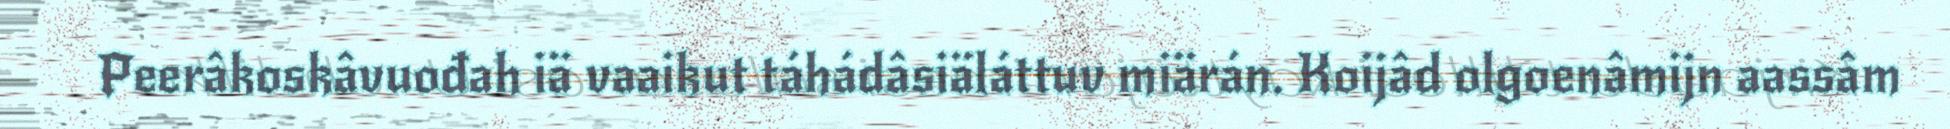
Peerâkoskâvuođah iä vaaikut táhádâsiäláttuv miärán. Koijâd olgoenâmijn aassâm